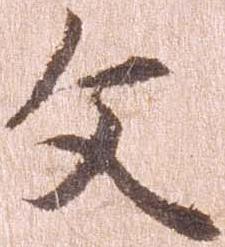
文